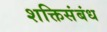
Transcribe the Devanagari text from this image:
शक्तिसंबंध